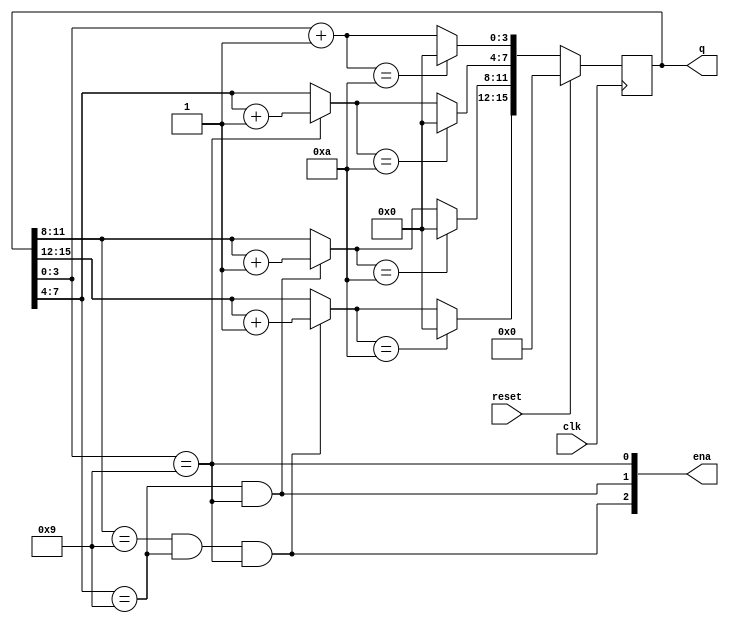
module top_module (
    input clk,
    input reset,   // Synchronous active-high reset
    output [3:1] ena,
    output [15:0] q);
    always@(posedge clk) begin
        q[3:0] = q[3:0] + 1;
        if(ena[1] == 1)
            q[7:4] = q[7:4] +1;
        if(ena[2] == 1)
            q[11:8] = q[11:8] +1;
        if(ena[3] == 1)
            q[15:12] = q[15:12] +1;
        
        if(q[3:0] == 4'ha)
            q[3:0] = 0;
        if(q[7:4] == 4'ha)
            q[7:4] = 0;
        if(q[11:8] == 4'ha)
            q[11:8] = 0;
        if(q[15:12] == 4'ha)
            q[15:12] = 0;
        
        if(reset)
            q = 0;
    end
    assign ena[3] = q[11:8] == 4'h9 && q[7:4] == 4'h9 && q[3:0] == 4'h9;
    assign ena[2] = q[7:4] == 4'h9 && q[3:0] == 4'h9;
    assign ena[1] = q[3:0] == 4'h9;
endmodule